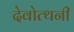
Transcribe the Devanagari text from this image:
देवोत्थनी